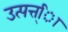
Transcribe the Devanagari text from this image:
उत्पत्त्िा